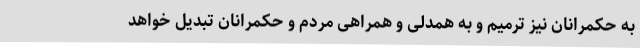
به حکمرانان نیز ترمیم و به همدلی و همراهی مردم و حکمرانان تبدیل خواهد